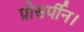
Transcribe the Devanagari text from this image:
प्रोसर्पीन।